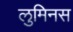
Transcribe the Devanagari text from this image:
लुमिनस